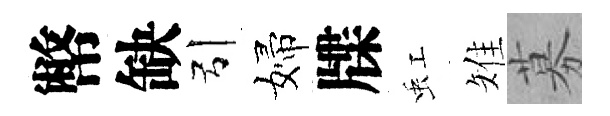
幣缺引婦牒虹雉募